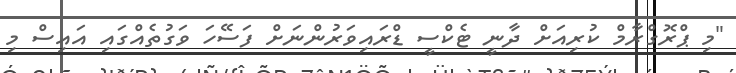
"މި ޕްރޮގްރާމް ކުރިއަށް ދާނީ ޓެކްސީ ޑްރައިވަރުންނަށް ފަސޭހަ ވަގުތެއްގައި އައިސް މި